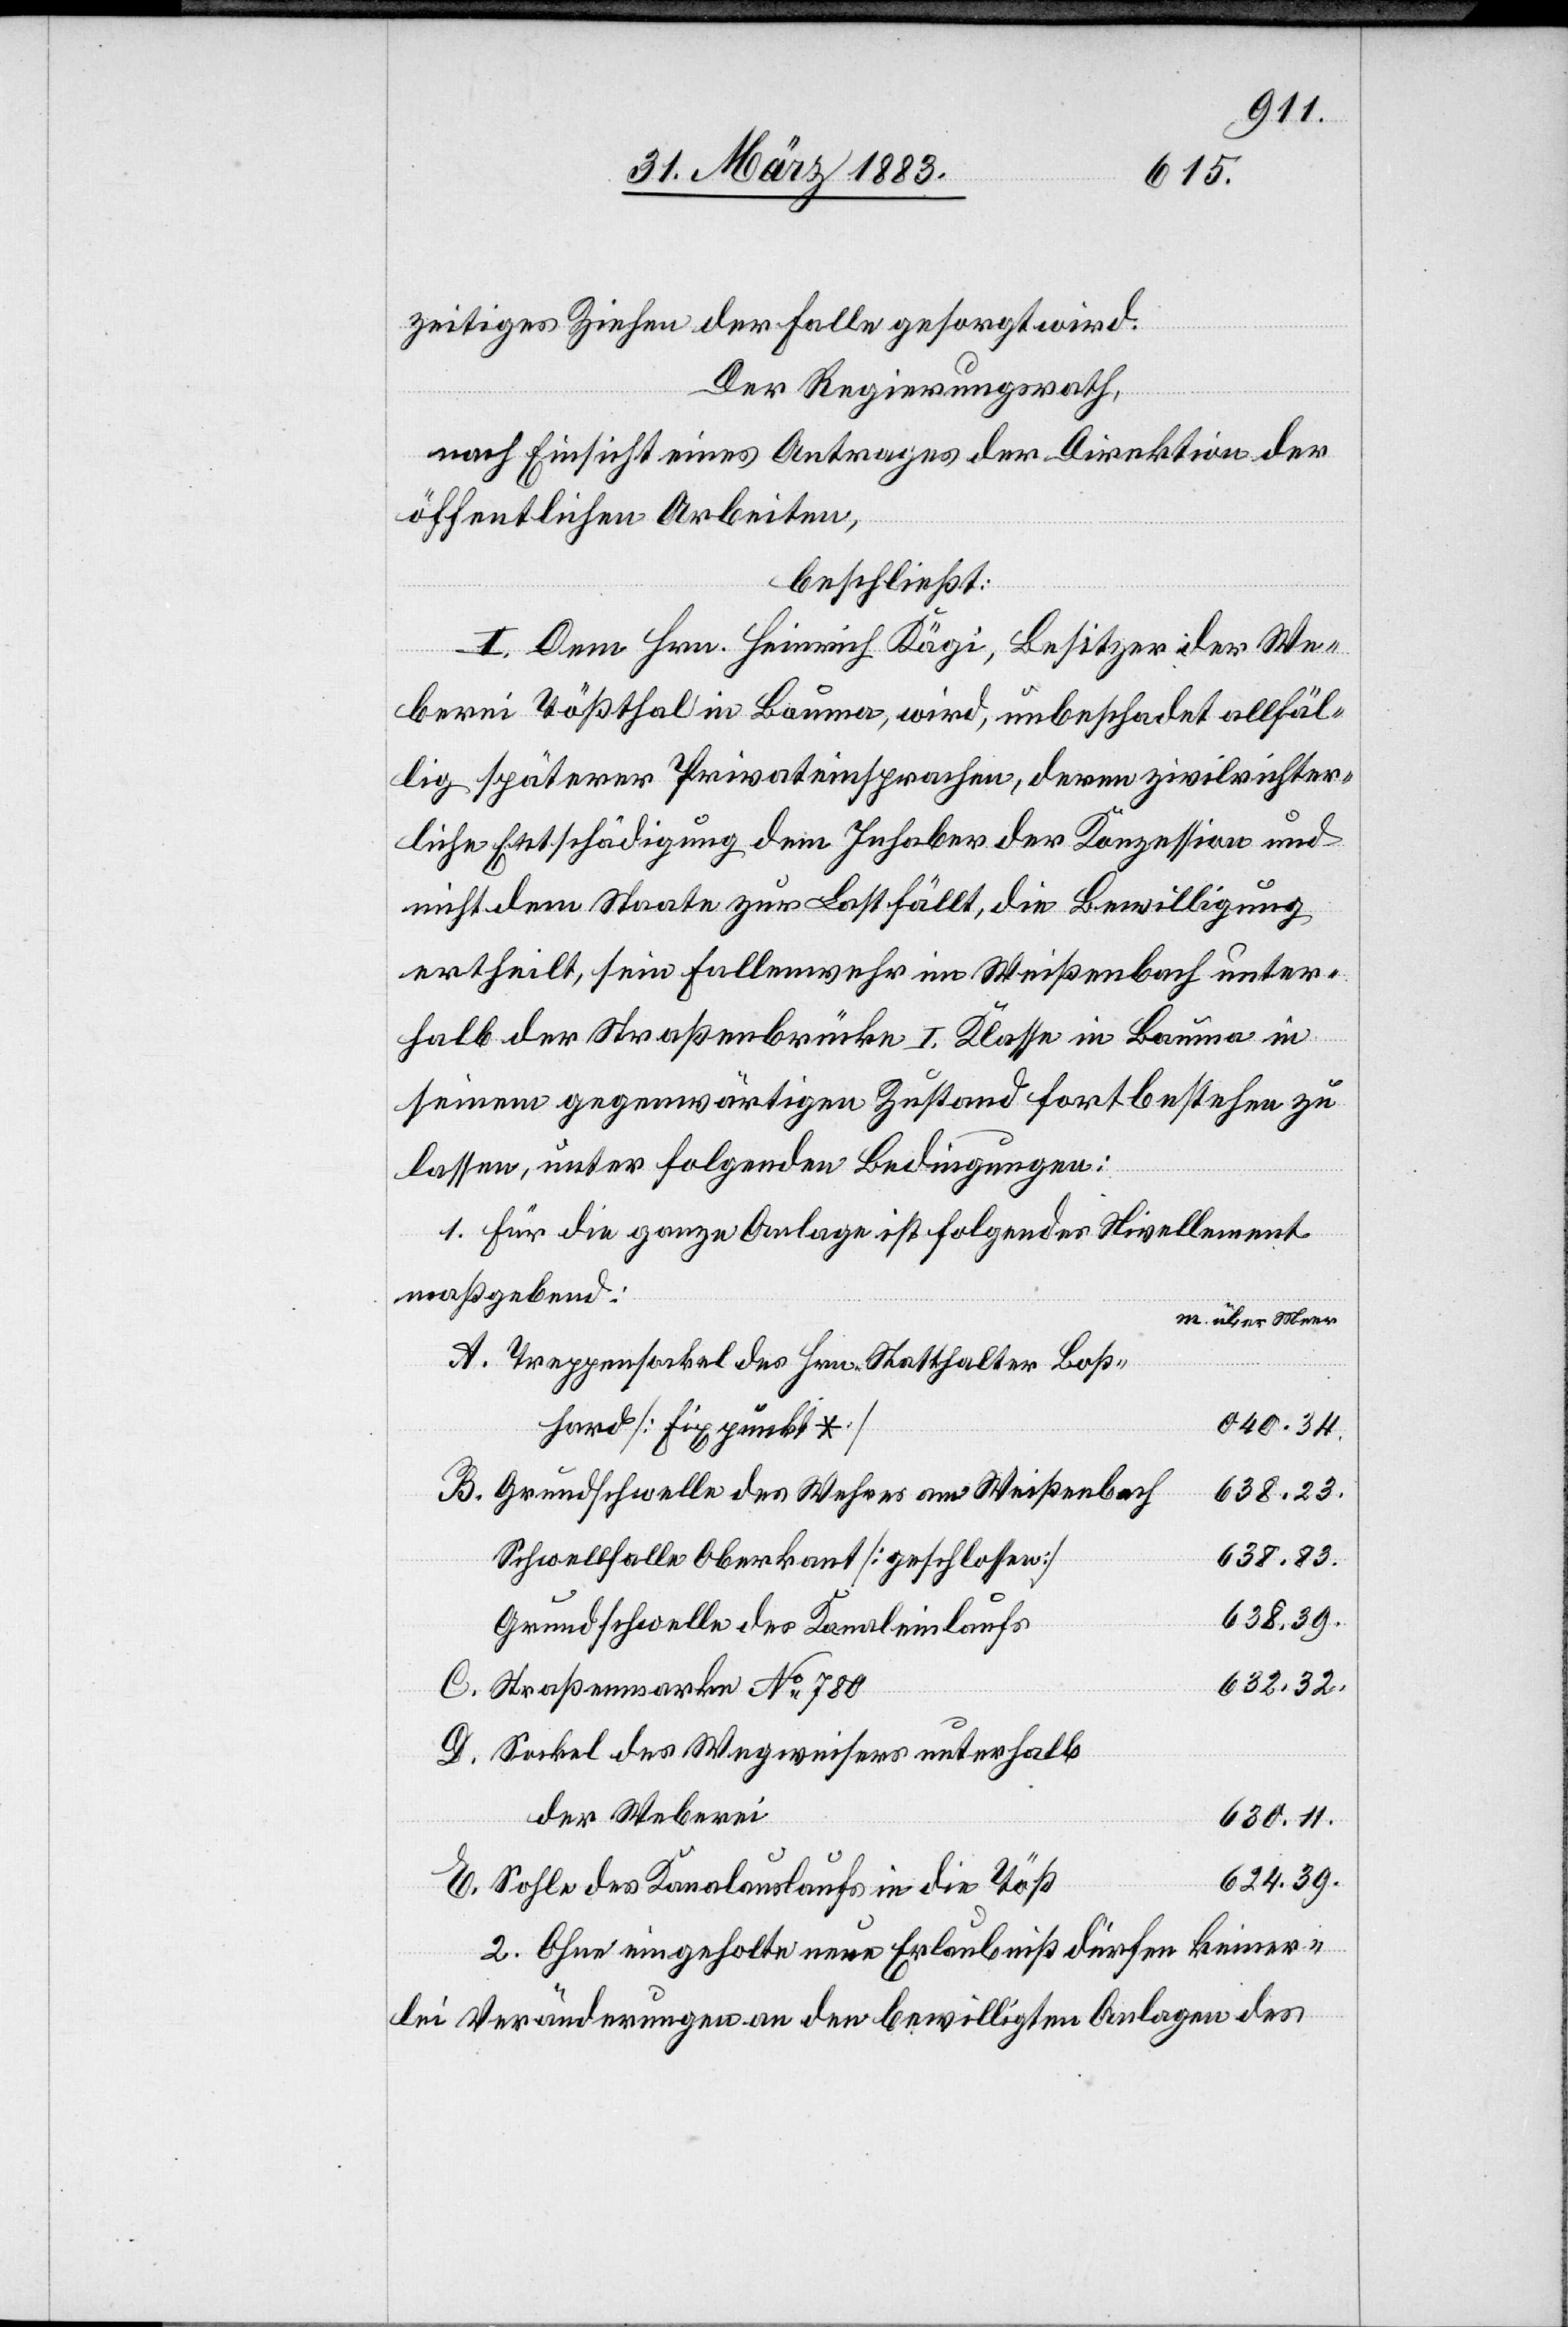
zeitiges Ziehen der Falle gesorgt wird.
Der Regierungsrath,
nach Einsicht eines Antrages der Direktion der
öffentlichen Arbeiten,
beschließt:
I. Dem Hrn. Heinrich Kägi, Besitzer der We¬
berei Tößthal in Bauma, wird, unbeschadet allfäl¬
lig späterer Privateinsprachen, deren zivilrichter¬
liche Entschädigung dem Inhaber der Konzession und
nicht dem Staate zur Last fällt, die Bewilligung
ertheilt, sein Fallenwehr im Weißenbach unter¬
halb der Straßenbrücke I. Klasse in Bauma in
seinem gegenwärtigen Zustand fortbestehen zu
lassen, unter folgenden Bedingungen:
1. Für die ganze Anlage ist folgendes Nivellement
maßgebend:
m. über Meer
Treppensockel des Hrn. Statthalter Boß¬
E.
040.34.
hard [Fixpunkt *]
Grundschwelle des Wehres am Weißenbach
638.23.
638.83.
Schwellfalle Oberkant [geschlossen]
638.39.
Grundschwelle des Kanaleinlaufs
632.32.
Straßenmarke No 780
Sockel des Wegweisers unterhalb
der Weberei
630.11.
624.39.
Sohle des Kanalauslaufs in die Töß
2. Ohne eingeholte neue Erlaubniß dürfen keiner¬
lei Veränderungen an den bewilligten Anlagen des